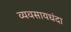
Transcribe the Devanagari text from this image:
व्यवसायधंदा